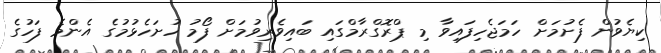
ކިޔެވުން ފެށުމަށް ހަމަޖެހިފައިވާ މި ޕްރޮގްރާމްގައި ބައިވެރިވުމަށް ފޯމު ހުށަހެޅުމުގެ އެންމެ ފަހުގެ